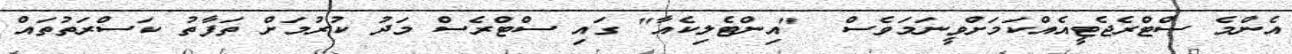
އެންމެ ސްޓްރެޖެޓީއެއްކަމަށްވީނަމަވެސް  "އިންޓެލިކެއާ" ގައި ސްޓްރެސް މަދު ކުރުމަށް ތަފާތު ކަސްރަތުތައް